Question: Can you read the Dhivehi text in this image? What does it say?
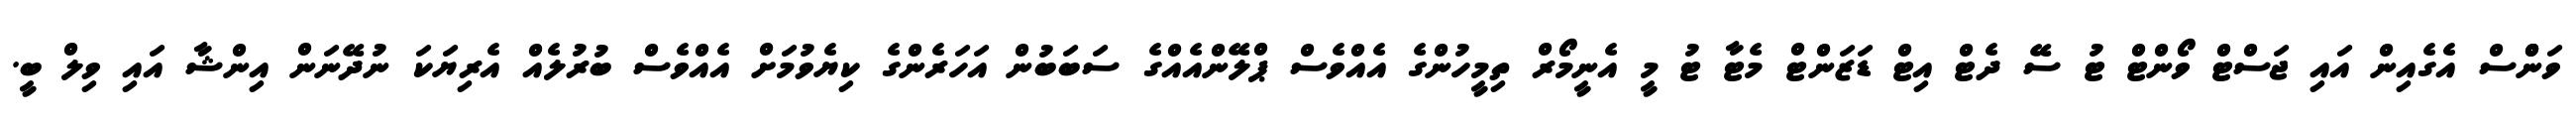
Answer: ވަންްސް އެގެއިން އައި ޖަސްޓް ވޯންޓް ޓު ސޭ ދެޓް އިޓް ޑަޒަންޓް މެޓާ ޓު މީ އެނީމޯރް ތިމީހުންގެ އެއްވެސް ޕްލޭންއެއްގެ ސަބަބުން އަހަރެންގެ ކިޔެވުމަށް އެއްވެސް ބުރުލެއް އެރިޔަކަ ނުދޭނަން އިންޝާ އައި ވިލް ބީ.